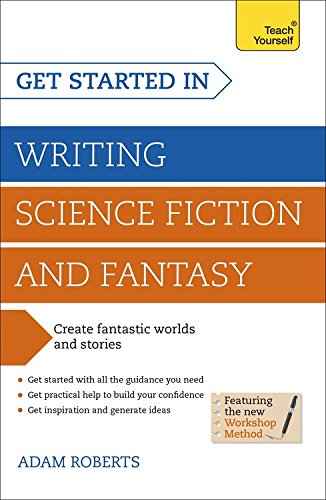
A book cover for Get Started in: Writing Science Fiction and Fantasy (Teach Yourself: Writing); Adam Roberts; Science Fiction & Fantasy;